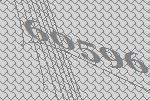
60596